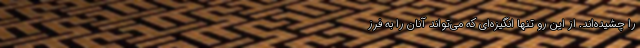
را چشیده‌اند. از این رو تنها انگیزه‌ای که می‌تواند آنان را به فرز